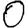
Digit: 0